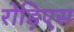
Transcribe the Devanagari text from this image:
रोड़िएस